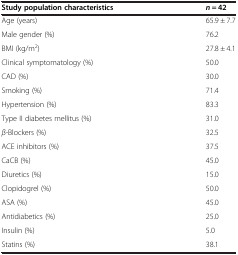
<table><thead><tr><td><b>Study population characteristics</b></td><td><b><i>n</i> = 42</b></td></tr></thead><tbody><tr><td>Age (years)</td><td>65.9 ± 7.7</td></tr><tr><td>Male gender (%)</td><td>76.2</td></tr><tr><td>BMI (kg/m<sup>2</sup>)</td><td>27.8 ± 4.1</td></tr><tr><td>Clinical symptomatology (%)</td><td>50.0</td></tr><tr><td>CAD (%)</td><td>30.0</td></tr><tr><td>Smoking (%)</td><td>71.4</td></tr><tr><td>Hypertension (%)</td><td>83.3</td></tr><tr><td>Type II diabetes mellitus (%)</td><td>31.0</td></tr><tr><td><i>β</i>-Blockers (%)</td><td>32.5</td></tr><tr><td>ACE inhibitors (%)</td><td>37.5</td></tr><tr><td>CaCB (%)</td><td>45.0</td></tr><tr><td>Diuretics (%)</td><td>15.0</td></tr><tr><td>Clopidogrel (%)</td><td>50.0</td></tr><tr><td>ASA (%)</td><td>45.0</td></tr><tr><td>Antidiabetics (%)</td><td>25.0</td></tr><tr><td>Insulin (%)</td><td>5.0</td></tr><tr><td>Statins (%)</td><td>38.1</td></tr></tbody></table>